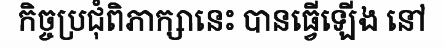
កិច្ចប្រជុំពិភាក្សានេះ បានធ្វើឡើង នៅ